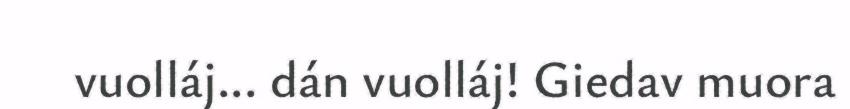
vuolláj... dán vuolláj! Giedav muora